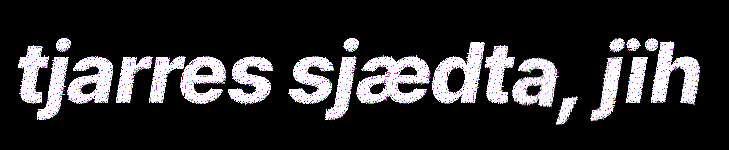
tjarres sjædta, jïh